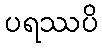
ပရဿပိ